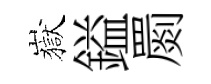
嶽鎰罽